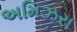
અમિઝરા